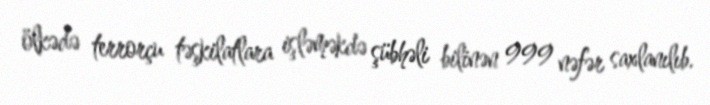
ölkədə terrorçu təşkilatlara işləməkdə şübhəli bilinən 999 nəfər saxlanılıb.